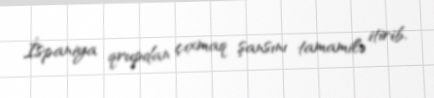
İspaniya qrupdan çıxmaq şansını tamamilə itirib.